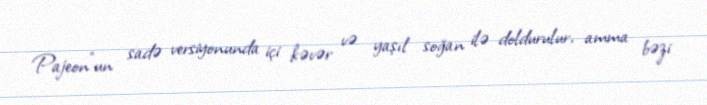
Pajeon"un sadə versiyonunda içi kəvər və yaşıl soğan ilə doldurulur, amma bəzi